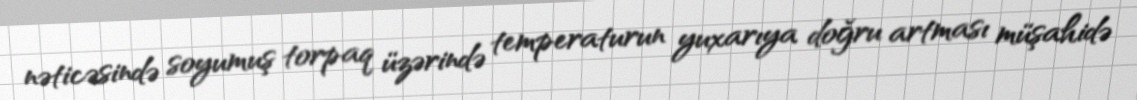
nəticəsində soyumuş torpaq üzərində temperaturun yuxarıya doğru artması müşahidə